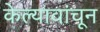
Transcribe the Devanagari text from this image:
केल्यावांचून